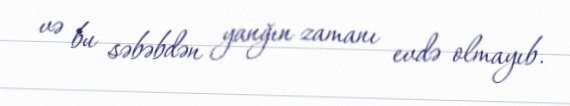
və bu səbəbdən yanğın zamanı evdə olmayıb.